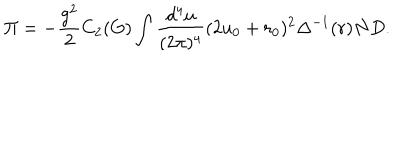
\Pi = - \frac { g ^ { 2 } } { 2 } C _ { 2 } ( G ) \int \frac { d ^ { 4 } u } { ( 2 \pi ) ^ { 4 } } ( 2 u _ { 0 } + r _ { 0 } ) ^ { 2 } \Delta ^ { - 1 } ( r ) N D .